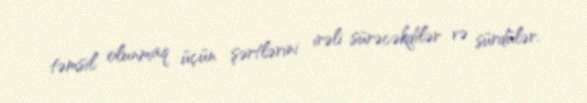
təmsil olunmaq üçün şərtlərini irəli sürəcəkdilər və sürdülər.